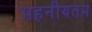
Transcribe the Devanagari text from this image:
महनीयतम